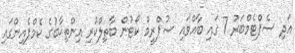
އަދި ސެޕްޓެމްބަރު 7 ގައި ބާއްވައި ސުޕްރީމް ކޯޓުން ބާތިލްކުރި އިންތިޚާބުގެ ކެމްޕެއިންގައި